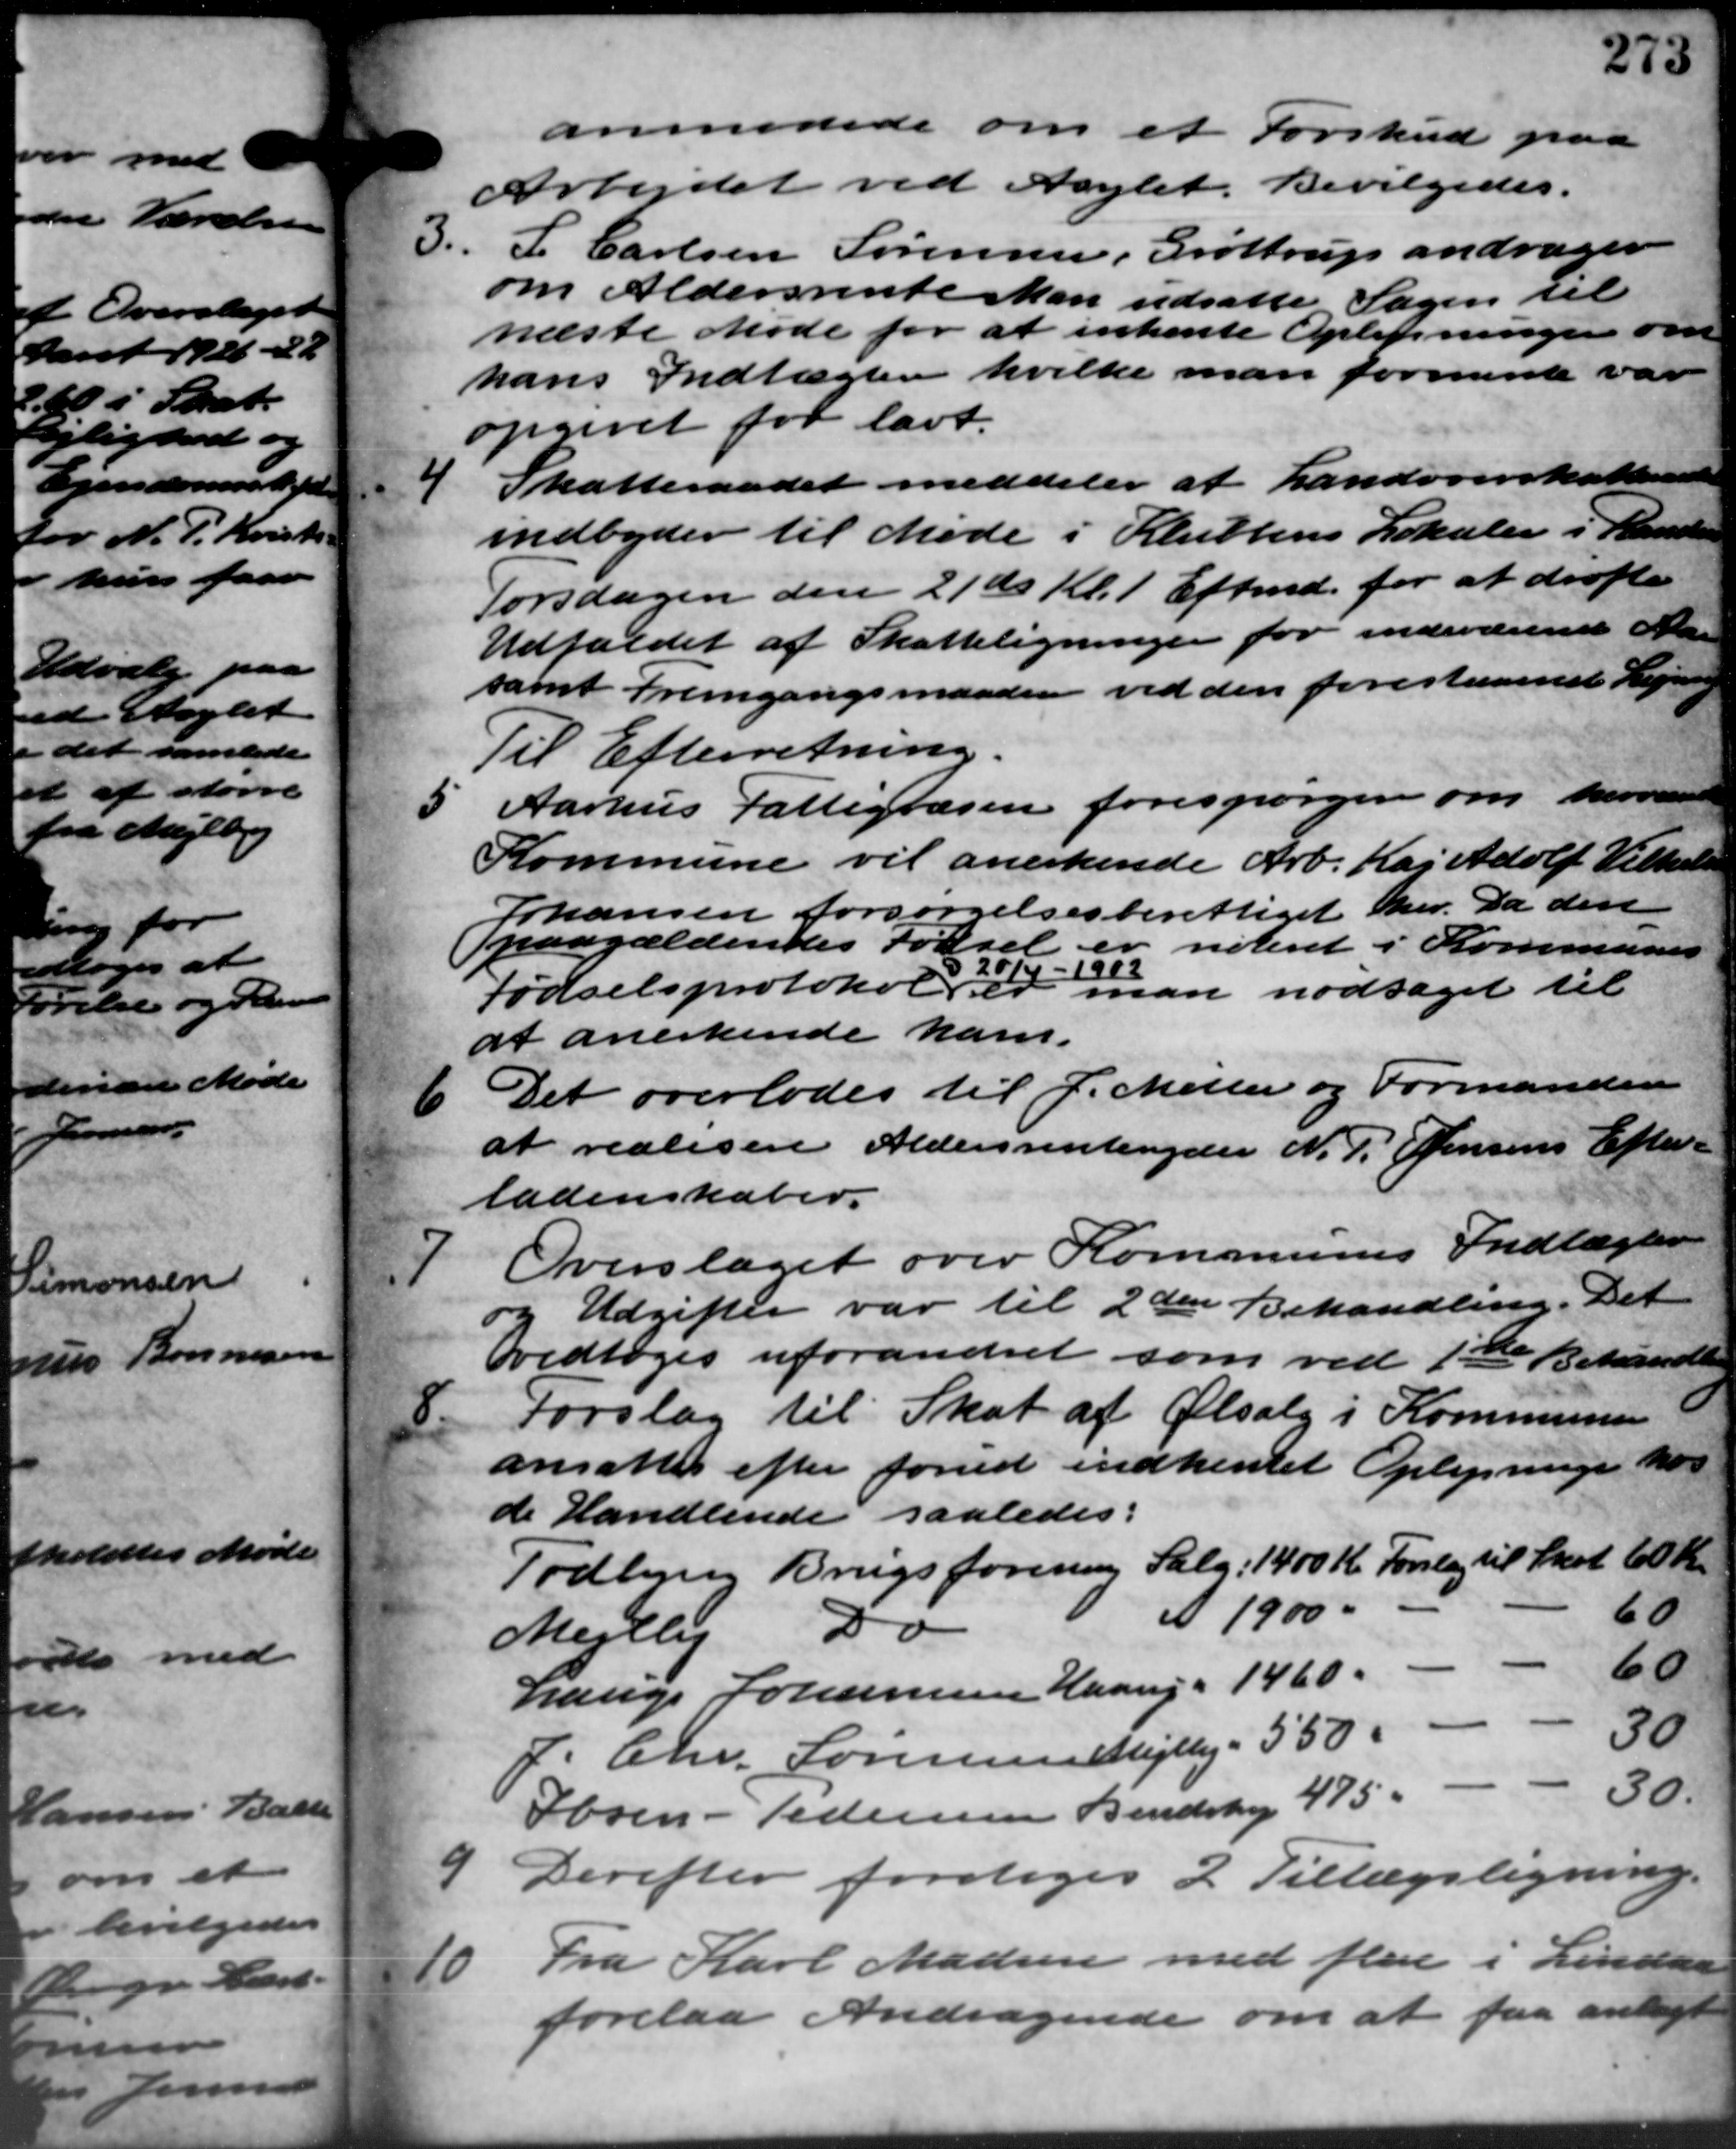
Transskription:
anmodede om et Forskud paa
Arbejdet ved Asylet. Bevilgedes.
3.
" J. Carlsen Sørensen, Grøttrup andrager
om Aldersrente Man udsatte Sagen til
næste Møde for at inhente Oplysninger om
hans Indtægten hvilke man formente var
opgivet for lavt.
4
Skatteraadet meddeler at Landoverskatteraadet
indbyder til Møde i Sluttens Lokaler i Daneber
Torsdagen den 21 ds Kl. 1 Eftmd. for at drøfte
Udfaldet af Skatteligninger for indeværende Alder
samt fremgangsmaaden ved den forestaaende Ligni
Til Efterretning.
5 Aarhus Fattigvæsen forespørger om herværende
5 Aarhus Fattigvæsen forespørger om herværende
Kommune vil anerkende Arb. Kaj Adolf Vilhelm
Johansen forsørgelsesberettiget her. Da den
paagældendes Fødsel er noteret i Kommunen
201
- 1902
Fødselsprotokol er man nodtaget til
at anerkende ham.
6
Det overlodes til P. Meller og Formanden
at realisere Aldersrentenyder N. P. Jensens Efter -
ladenskaber.
7
Overslaget over Kommunes Indtægter
og Udgifter var til 2den Behandling. Det
vedtoges uforandret som ved 1ste Behandle
8.
Forslag til Skat af Ølsalg i Kommunen
ansattes efter forud indhentet Oplysninger hos
de Handlende saaledes:
Todbjerg Brugsforening Salg: 1400 Kr. Forslag til Skat 60 Kr.
A 1900.
60
3
Mejlby
60
Lauge Johannesen Haarup = 1460
30
Chr. Sørensen Mejlby - 550 "
30.
Søren - Pedersen Bendstrup 475.
9
Derefter foretoges 2 Tillægsligning.
10
Fra Karl Madsen med flere i Lindaa
forelaa Andragende om at faa anbragte